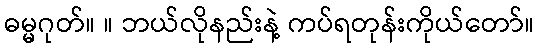
ဓမ္မဂုတ်။ ။ ဘယ်လိုနည်းနဲ့ ကပ်ရတုန်းကိုယ်တော်။